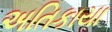
અતિકાયા